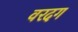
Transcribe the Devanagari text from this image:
वरदग